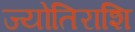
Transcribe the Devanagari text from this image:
ज्योतिराशि